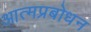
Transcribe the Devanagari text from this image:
आत्मप्रबोधन